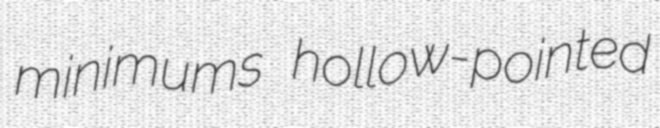
minimums hollow-pointed